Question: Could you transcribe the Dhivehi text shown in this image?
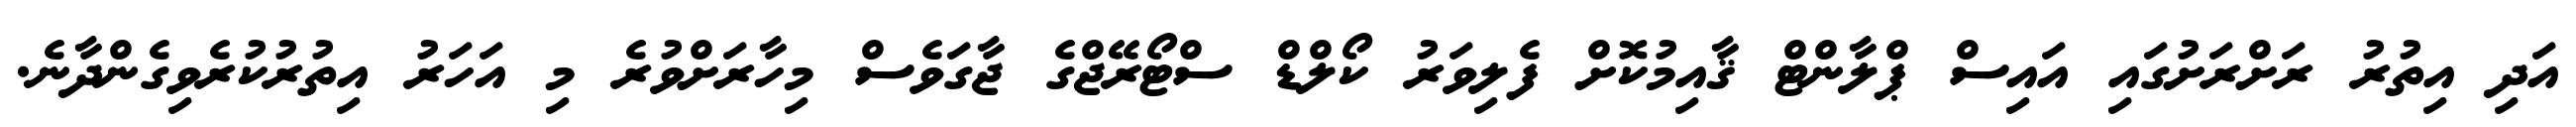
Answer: އަދި އިތުރު ރަށްރަށުގައި އައިސް ޕްލާންޓް ޤާއިމުކޮށް ފެލިވަރު ކޯލްޑް ސްޓޯރޭޖްގެ ޖާގަވެސް މިހާރަށްވުރެ މި އަހަރު އިތުރުކުރެވިގެންދާނެ.